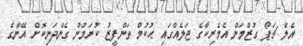
އެލް ޗަޕޯ ގުޒްމަން އެމެރިކާގެ ޖަލެއްގައި ޙުކުމް ތަންފީޒު ކުރަމުން ގެންދަނިކޮށް އޭނާގެ